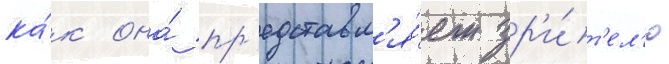
ка́к она́ пр'едставл'я́ет зр'и́т'ел'ю